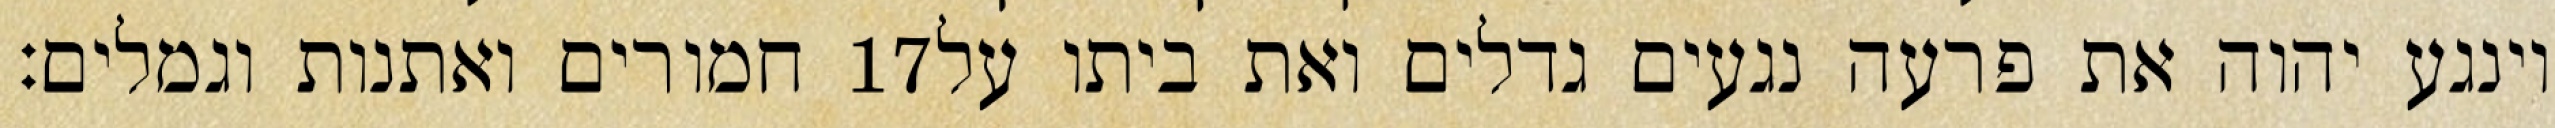
חמורים ואתנות וגמלים׃ ‎17‏ וינגע יהוה את פרעה נגעים גדלים ואת ביתו על